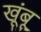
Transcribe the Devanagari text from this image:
खूंबू